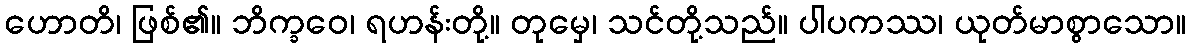
ဟောတိ၊ ဖြစ်၏။ ဘိက္ခဝေ၊ ရဟန်းတို့။ တုမှေ၊ သင်တို့သည်။ ပါပကဿ၊ ယုတ်မာစွာသော။